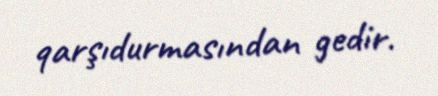
qarşıdurmasından gedir.